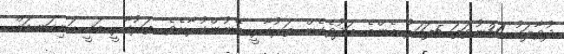
ދުވާލަކު 34ނުވަތަ 5ފަހަރު އެންމެ މަދުވެގެން ތަރުކާރީ ބޭނުންކުރާށެވެ. ތަރުކާރީ އަކީ ހަށިގަނޑަށް